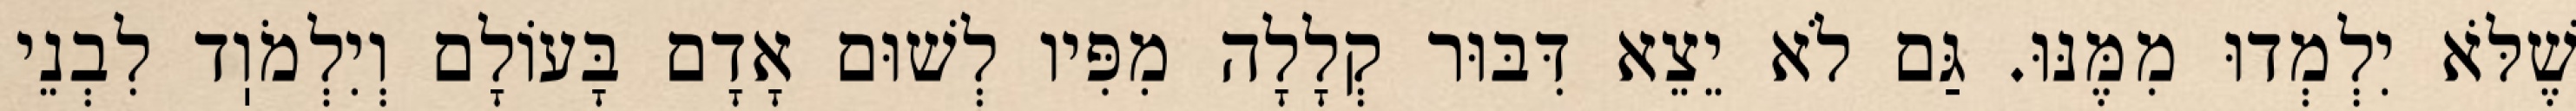
שֶׁלֹּא יִלְמְדוּ מִמֶּנּוּ. גַּם לֹא יֵצֵא דִּבּוּר קְלָלָה מִפִּיו לְשׁוּם אָדָם בָּעוֹלָם וְיִלְמֹוֽד לִבְנֵי